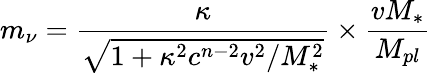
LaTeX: m_{\nu}=\frac{\kappa}{\sqrt{1+\kappa^{2}c^{n-2}v^{2}/M_{*}^{2}}}\times\frac{vM_{*}}{M_{pl}}